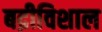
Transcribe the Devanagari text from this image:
बद्रीविशाल